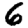
Digit: 6